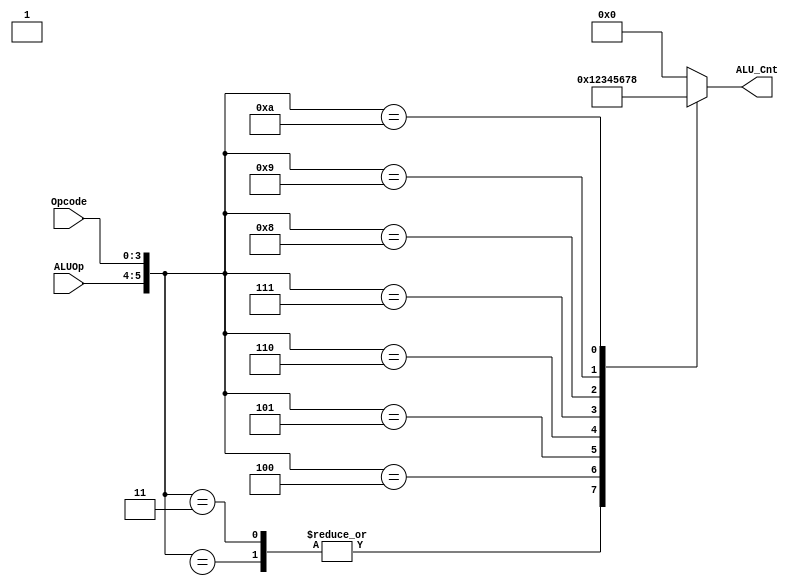
`timescale 1ns / 1ps

//fpga4student.com: FPGA projects, Verilog projects, VHDL projects
// Verilog code for 16-bit RISC processor
// ALU_Control Verilog code

module alu_control(
  output reg [3:0] ALU_Cnt,
  input [1:0] ALUOp,
  input [3:0] Opcode
);

  wire [5:0] ALUControlIn;
  assign ALUControlIn = {ALUOp, Opcode};

  always @(ALUControlIn) begin
    case (ALUControlIn)
      6'b10xxxx: ALU_Cnt = 4'b0000;
      6'b01xxxx: ALU_Cnt = 4'b0001;
      6'b000010: ALU_Cnt = 4'b0000;
      6'b000011: ALU_Cnt = 4'b0001;
      6'b000100: ALU_Cnt = 4'b0010;
      6'b000101: ALU_Cnt = 4'b0011;
      6'b000110: ALU_Cnt = 4'b0100;
      6'b000111: ALU_Cnt = 4'b0101;
      6'b001000: ALU_Cnt = 4'b0110;
      6'b001001: ALU_Cnt = 4'b0111;
      6'b001010: ALU_Cnt = 4'b1000; //added instruction
      default: ALU_Cnt = 4'b0000;
    endcase
  end

endmodule